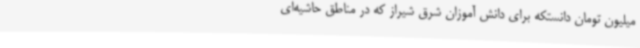
میلیون تومان دانستکه برای دانش آموزان شرق شیراز که در مناطق حاشیه‌ای